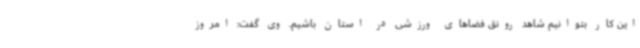
این کار بتوانیم شاهد رونق فضاهای ورزشی در استان باشیم. وی گفت: امروز